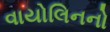
વાયોલિનનો